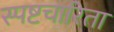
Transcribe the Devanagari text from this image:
स्पष्टचारिता